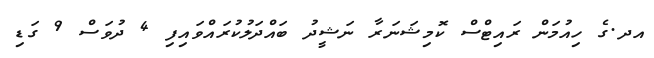
އދ.ގެ ހިއުމަން ރައިޓްސް ކޮމިޝަނަރާ ނަޝީދު ބައްދަލުކުރައްވައިފި 4 ދުވަސް 9 ގަޑި